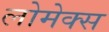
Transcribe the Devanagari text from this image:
लोमेक्स